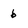
Character: b